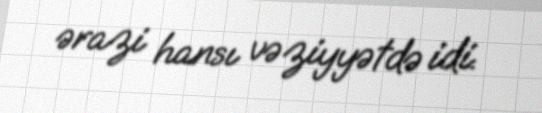
ərazi hansı vəziyyətdə idi.